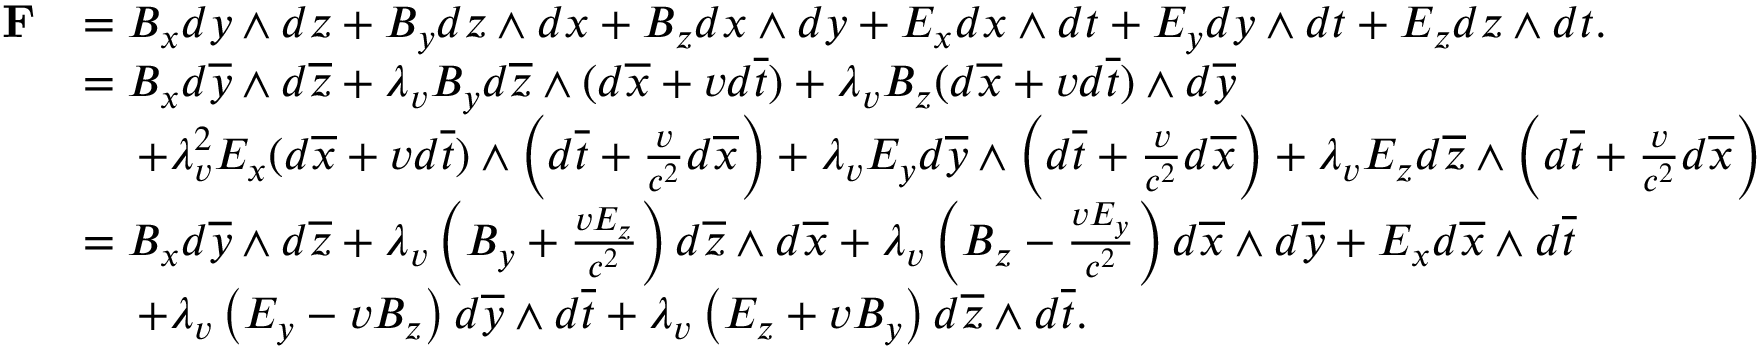
\begin{array} { r l } { { \mathbf F } } & { = B _ { x } d y \wedge d z + B _ { y } d z \wedge d x + B _ { z } d x \wedge d y + E _ { x } d x \wedge d t + E _ { y } d y \wedge d t + E _ { z } d z \wedge d t . } \\ & { = B _ { x } d \overline { { y } } \wedge d \overline { { z } } + \lambda _ { v } B _ { y } d \overline { { z } } \wedge ( d \overline { { x } } + v d \overline { { t } } ) + \lambda _ { v } B _ { z } ( d \overline { { x } } + v d \overline { { t } } ) \wedge d \overline { { y } } } \\ & { \quad \, + \lambda _ { v } ^ { 2 } E _ { x } ( d \overline { { x } } + v d \overline { { t } } ) \wedge \left( d \overline { { t } } + \frac { v } { c ^ { 2 } } d \overline { { x } } \right) + \lambda _ { v } E _ { y } d \overline { { y } } \wedge \left( d \overline { { t } } + \frac { v } { c ^ { 2 } } d \overline { { x } } \right) + \lambda _ { v } E _ { z } d \overline { { z } } \wedge \left( d \overline { { t } } + \frac { v } { c ^ { 2 } } d \overline { { x } } \right) } \\ & { = B _ { x } d \overline { { y } } \wedge d \overline { { z } } + \lambda _ { v } \left( B _ { y } + \frac { v E _ { z } } { c ^ { 2 } } \right) d \overline { { z } } \wedge d \overline { { x } } + \lambda _ { v } \left( B _ { z } - \frac { v E _ { y } } { c ^ { 2 } } \right) d \overline { { x } } \wedge d \overline { { y } } + E _ { x } d \overline { { x } } \wedge d \overline { { t } } } \\ & { \quad \, + \lambda _ { v } \left( E _ { y } - v B _ { z } \right) d \overline { { y } } \wedge d \overline { { t } } + \lambda _ { v } \left( E _ { z } + v B _ { y } \right) d \overline { { z } } \wedge d \overline { { t } } . } \end{array}